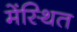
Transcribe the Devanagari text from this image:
मेंस्थित